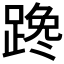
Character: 𰸤